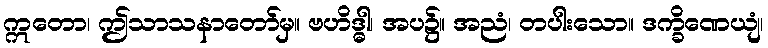
ဣတော၊ ဤသာသနာတော်မှ။ ဗဟိဒ္ဓါ၊ အပ၌။ အညံ၊ တပါးသော။ ဒက္ခိဏေယျံ၊